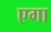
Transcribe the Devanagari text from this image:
एगा